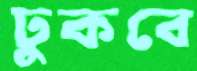
ঢুকবে